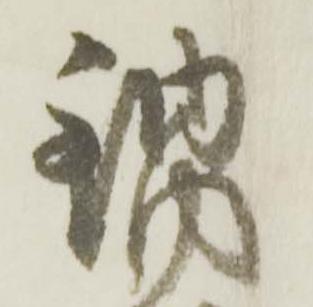
鍋